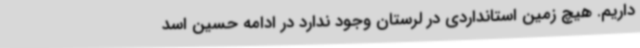
داریم. هیچ زمین استانداردی در لرستان وجود ندارد در ادامه حسین اسد